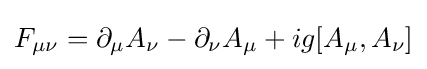
F_{\mu \nu }=\partial _{\mu }A_{\nu }-\partial _{\nu }A_{\mu }+ig[A_{\mu },A_{\nu }]